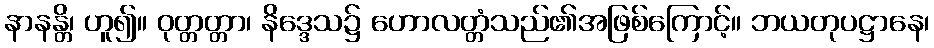
နာနန္တိ၊ ဟူ၍။ ဝုတ္တတ္တာ၊ နိဒ္ဒေသ၌ ဟောလတ္တံသည်၏အဖြစ်ကြောင့်။ ဘယတုပဋ္ဌာနေ၊